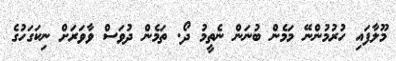
މޫލާފައި ހުރުމުންނޭ މަމެން ބުނަން ނެތީމު ދޯ. ތަމެން ދުވަސް ވާވަރަށް ނިކަގަހުގެ